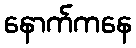
နောက်ကနေ